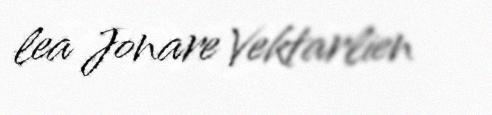
lea Jonare Vektarlien